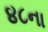
૪૮ના